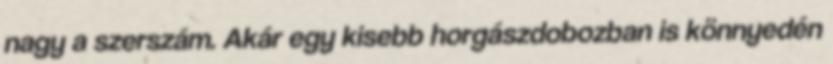
nagy a szerszám. Akár egy kisebb horgászdobozban is könnyedén